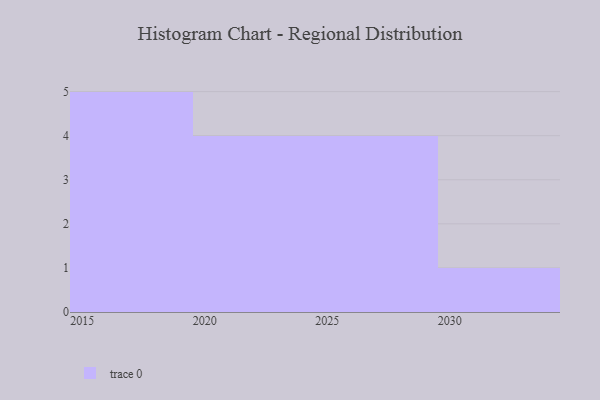
{"axis": {"x": "Year", "y": "Production Output"}, "legend": [""], "data": [{"x": "2030", "y": 22, "type": ""}, {"x": "2018", "y": 26, "type": ""}, {"x": "2019", "y": 66, "type": ""}, {"x": "2023", "y": 61, "type": ""}, {"x": "2020", "y": 74, "type": ""}, {"x": "2026", "y": 31, "type": ""}, {"x": "2015", "y": 52, "type": ""}, {"x": "2025", "y": 54, "type": ""}, {"x": "2027", "y": 37, "type": ""}, {"x": "2021", "y": 71, "type": ""}, {"x": "2017", "y": 5, "type": ""}, {"x": "2029", "y": 23, "type": ""}, {"x": "2022", "y": 1, "type": ""}, {"x": "2016", "y": 43, "type": ""}]}